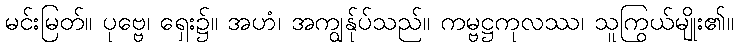
မင်းမြတ်။ ပုဗ္ဗေ၊ ရှေး၌။ အဟံ၊ အကျွန်ုပ်သည်။ ကမ္ဗဋ္ဌကုလဿ၊ သူကြွယ်မျိုး၏။